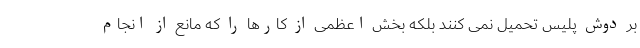
بر دوش پلیس تحمیل نمی کنند بلکه بخش اعظمی از کارها را که مانع از انجام